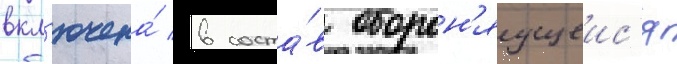
вкл'ючена́ в соста́в оборон'яущеис'я